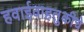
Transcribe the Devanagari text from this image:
हवाईवाहतुकीचे